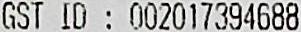
GST ID : 002017394688